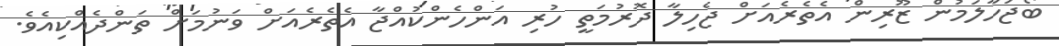
ބޯޖަހާލަމުން ޒޫރިން އެތެރެއަށް ޖެހިލާ ދޮރުމަތީ ހުރި އަންހެންކުއްޖާ އެތެރެއަށް ވަނުމަށް ތަންދެއްކިއެވެ.